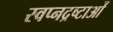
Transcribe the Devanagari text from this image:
स्वप्नद्रष्टाओं